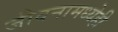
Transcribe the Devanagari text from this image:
जीवनामध्येही